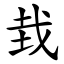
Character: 㘽